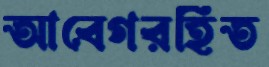
আবেগরহিত